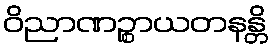
ဝိညာဏဉ္စာယတနန္တိ